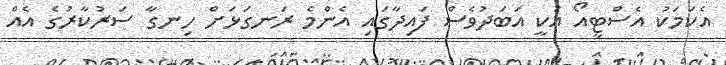
އެކަމަކު އެސްޓީއޯ އަކީ އަބަދުވެސް ފައިދާގައި އެންމެ ރަނގަޅަށް ހިނގާ ސަރުކާރުގެ އެއް